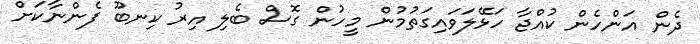
ދެން އަންހެން ކުއްޖާ ހަޅޭލަވައިގަތުމުން މީހުން ގޮސް ބެލި އިރު ކިނބޫ ފެންނާކަށް